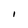
Character: I